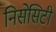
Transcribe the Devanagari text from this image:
निसेसिटी